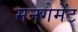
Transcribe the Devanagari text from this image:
मनगेमेंट